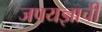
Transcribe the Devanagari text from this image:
जपयज्ञाची